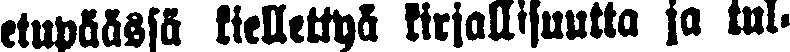
etupäässä kiellettyä kirjallisuutta ja tul-